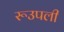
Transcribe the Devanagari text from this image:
रूउपली